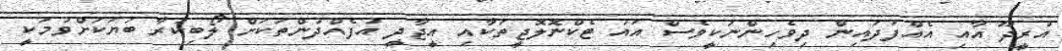
އުރީދޫ އާއި އެއްފަދައިން ދިވެހިންނަކީވެސް އައު ޓެކްނޮލޮޖީތަކާއި އީޖާދީ އުފެއްދުންތަކަށް ލޯބިކުރާ ބަޔަކަށްވުމަކީ